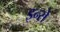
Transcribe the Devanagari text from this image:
इन्से